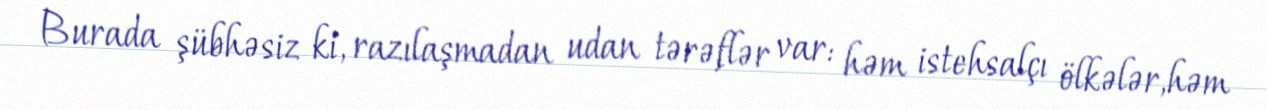
Burada şübhəsiz ki, razılaşmadan udan tərəflər var: həm istehsalçı ölkələr,həm